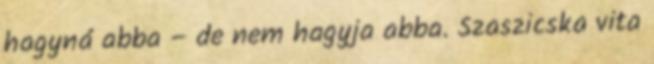
hagyná abba – de nem hagyja abba. Szaszicska vita